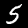
Digit: 5